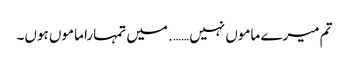
تم میرے ماموں نہیں……. میں تمہارا ماموں ہوں۔